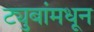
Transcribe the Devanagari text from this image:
ट्युबांमधून